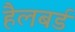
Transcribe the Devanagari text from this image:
हैलबर्ड